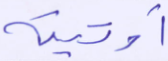
أوتيته